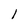
Character: l